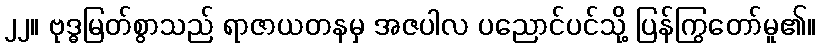
၂၂။ ဗုဒ္ဓမြတ်စွာသည် ရာဇာယတနမှ အဇပါလ ပညောင်ပင်သို့ ပြန်ကြွတော်မူ၏။